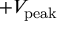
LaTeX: + V _ { \mathrm { p e a k } }